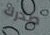
صدرك